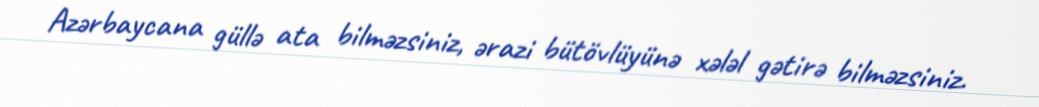
Azərbaycana güllə ata bilməzsiniz, ərazi bütövlüyünə xələl gətirə bilməzsiniz.